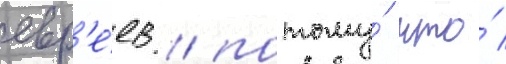
евр'е́ев / потому́ что́